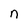
Character: n